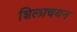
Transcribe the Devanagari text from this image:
शिलाचयन